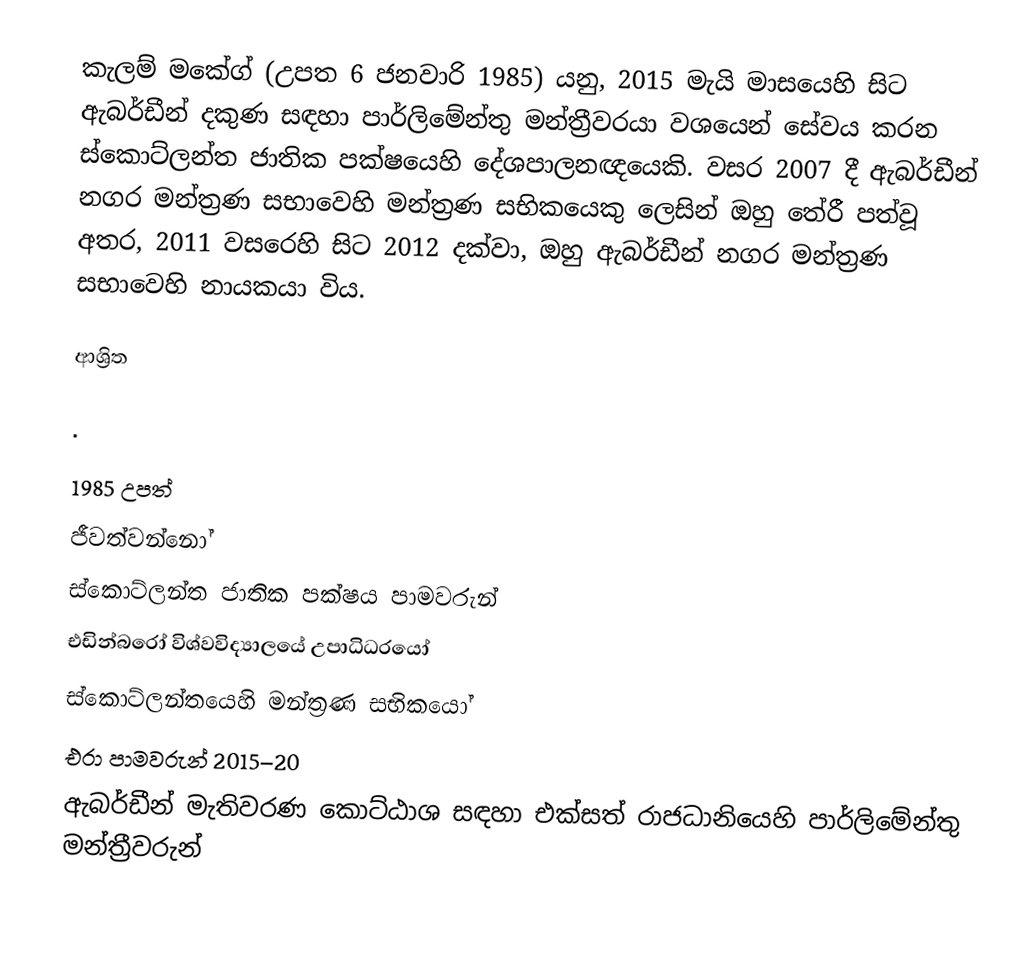
කැලම් මකේග් (උපත 6 ජනවාරි 1985) යනු,  2015 මැයි මාසයෙහි සිට ඇබර්ඩීන් දකුණ සඳහා පාර්ලිමේන්තු මන්ත්‍රීවරයා වශයෙන් සේවය කරන  ස්කොට්ලන්ත ජාතික පක්ෂයෙහි දේශපාලනඥයෙකි. වසර 2007 දී   ඇබර්ඩීන් නගර මන්ත්‍රණ සභාවෙහි  මන්ත්‍රණ සභිකයෙකු ලෙසින්  ඔහු තේරී පත්වූ අතර, 2011 වසරෙහි සිට 2012 දක්වා, ඔහු ඇබර්ඩීන් නගර මන්ත්‍රණ සභාවෙහි නායකයා විය.

ආශ්‍රිත

.

1985 උපත්
ජීවත්වන්නෝ
ස්කොට්ලන්ත ජාතික පක්ෂය පාමවරුන්
 එඩින්බරෝ විශ්වවිද්‍යාලයේ උපාධිධරයෝ
ස්කොට්ලන්තයෙහි මන්ත්‍රණ සභිකයෝ
එරා පාමවරුන් 2015–20
 ඇබර්ඩීන් මැතිවරණ කොට්ඨාශ සඳහා එක්සත් රාජධානියෙහි පාර්ලිමේන්තු මන්ත්‍රීවරුන්